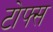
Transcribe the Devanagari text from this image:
टोफ्स